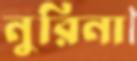
নুরিনা